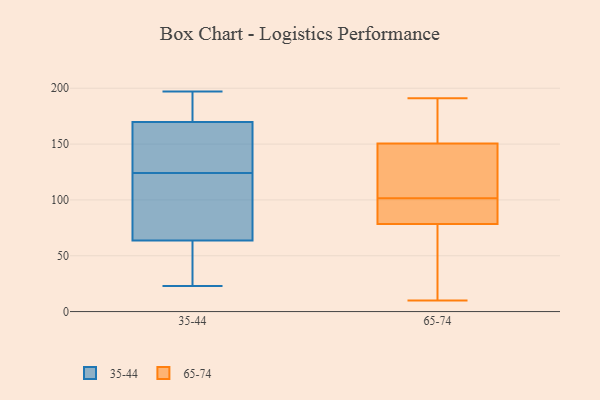
{"axis": {"x": "Revenue (USD Million)", "y": "Value"}, "legend": ["35-44", "65-74"], "data": [{"x": "", "y": 47, "type": "35-44"}, {"x": "", "y": 174, "type": "35-44"}, {"x": "", "y": 124, "type": "35-44"}, {"x": "", "y": 171, "type": "35-44"}, {"x": "", "y": 110, "type": "35-44"}, {"x": "", "y": 135, "type": "35-44"}, {"x": "", "y": 40, "type": "35-44"}, {"x": "", "y": 99, "type": "35-44"}, {"x": "", "y": 197, "type": "35-44"}, {"x": "", "y": 144, "type": "35-44"}, {"x": "", "y": 62, "type": "35-44"}, {"x": "", "y": 166, "type": "35-44"}, {"x": "", "y": 56, "type": "35-44"}, {"x": "", "y": 23, "type": "35-44"}, {"x": "", "y": 158, "type": "35-44"}, {"x": "", "y": 69, "type": "35-44"}, {"x": "", "y": 185, "type": "35-44"}, {"x": "", "y": 187, "type": "35-44"}, {"x": "", "y": 120, "type": "35-44"}, {"x": "", "y": 152, "type": "65-74"}, {"x": "", "y": 85, "type": "65-74"}, {"x": "", "y": 98, "type": "65-74"}, {"x": "", "y": 111, "type": "65-74"}, {"x": "", "y": 60, "type": "65-74"}, {"x": "", "y": 10, "type": "65-74"}, {"x": "", "y": 175, "type": "65-74"}, {"x": "", "y": 102, "type": "65-74"}, {"x": "", "y": 147, "type": "65-74"}, {"x": "", "y": 149, "type": "65-74"}, {"x": "", "y": 37, "type": "65-74"}, {"x": "", "y": 164, "type": "65-74"}, {"x": "", "y": 101, "type": "65-74"}, {"x": "", "y": 16, "type": "65-74"}, {"x": "", "y": 87, "type": "65-74"}, {"x": "", "y": 72, "type": "65-74"}, {"x": "", "y": 191, "type": "65-74"}, {"x": "", "y": 130, "type": "65-74"}, {"x": "", "y": 91, "type": "65-74"}, {"x": "", "y": 174, "type": "65-74"}]}